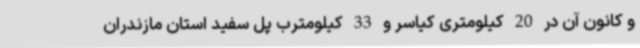
و کانون آن در 20 کیلومتری کیاسر و 33 کیلومترب پل سفید استان مازندران